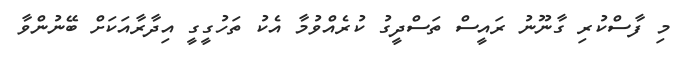
މި ފާސްކުރި ގާނޫނު ރައީސް ތަސްދީގު ކުރެއްވުމާ އެކު ތަހުގީގީ އިދާރާއަކަށް ބޭނުންވާ